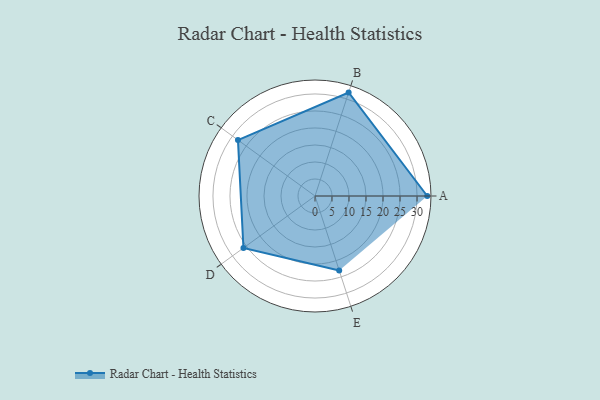
{"axis": {"x": "Skill", "y": "Score"}, "legend": ["Profile"], "data": [{"x": "A", "y": 33.0, "type": "Profile"}, {"x": "B", "y": 32.0, "type": "Profile"}, {"x": "C", "y": 28.0, "type": "Profile"}, {"x": "D", "y": 26.0, "type": "Profile"}, {"x": "E", "y": 23.0, "type": "Profile"}]}